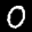
Label: 0